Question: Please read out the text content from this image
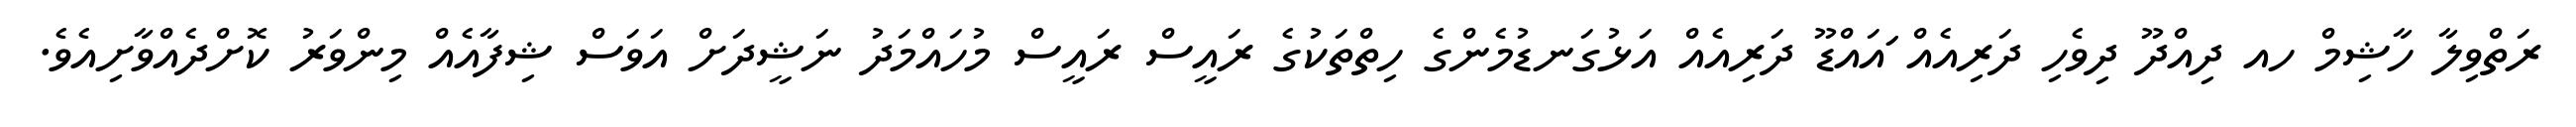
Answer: ރަތްވިލާ ހާޝިމް ހއ ދިއްދޫ ދިވެހި ދަރިއެއް ަައައްޑޫ ދަރިއެއް އަޅުގަނޑުމެންގެ ހިތްތަކުގެ ރައީސް ރައީސް މުހައްމަދު ނަޝީދަށް އަވަސް ޝިފާއެއް މިންވަރު ކޮށްދެއްވާށިއެވެ.